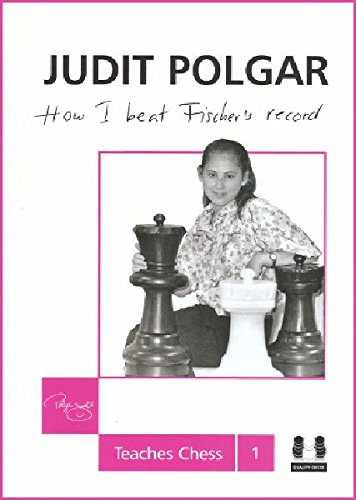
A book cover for How I Beat Fischer's Record (Judit Polgar Teaches Chess); Judit Polgar; Humor & Entertainment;